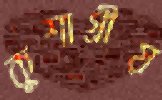
কুশাগ্রীয়